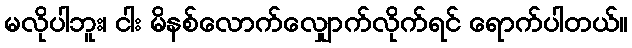
မလိုပါဘူး၊ ငါး မိနစ်လောက်လျှောက်လိုက်ရင် ရောက်ပါတယ်။